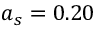
a _ { s } = 0 . 2 0